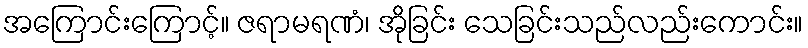
အကြောင်းကြောင့်။ ဇရာမရဏံ၊ အိုခြင်း သေခြင်းသည်လည်းကောင်း။